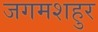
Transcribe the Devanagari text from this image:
जगमशहुर